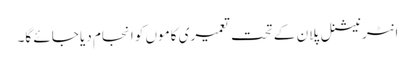
انٹر نیشنل پلان کے تحت تعمیری کاموں کو انجام دیا جائے گا۔